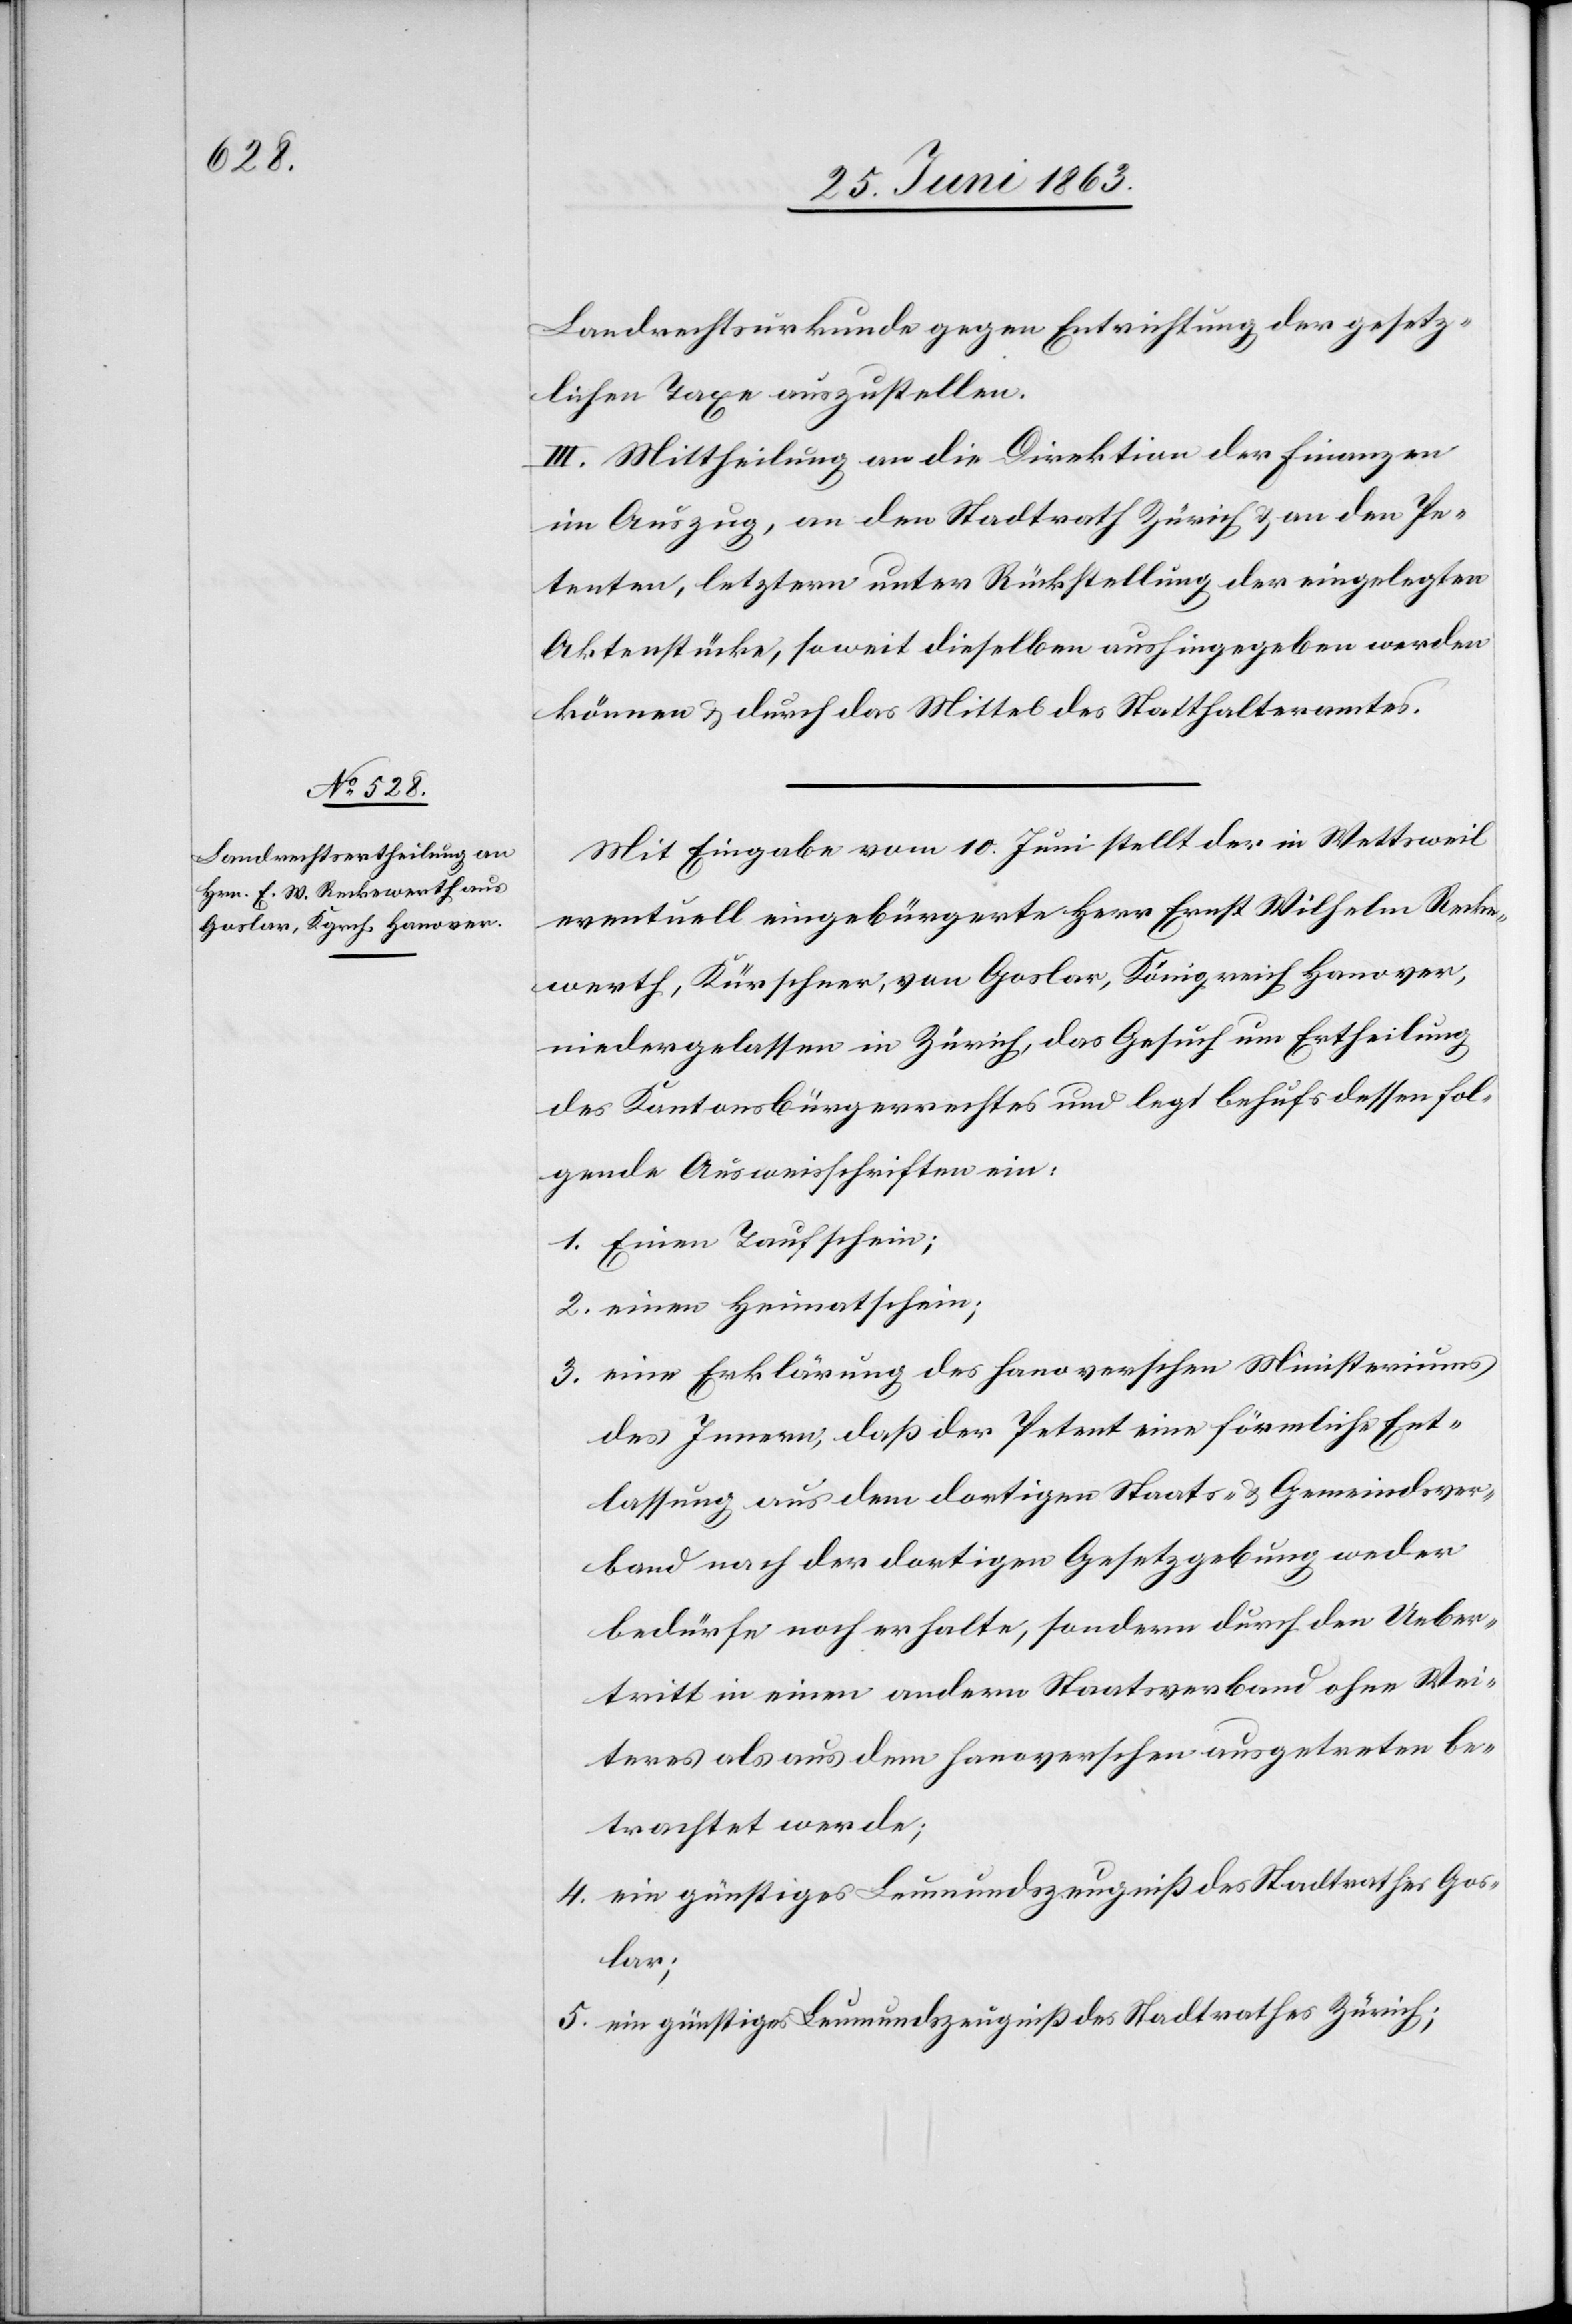
Landrechtsurkunde gegen Entrichtung der gesetz¬
lichen Taxe auszustellen.
III. Mittheilung an die Direktion der Finanzen
im Auszug, an den Stadtrath Zürich & an den Pe¬
tenten, letztern unter Rückstellung der eingelegten
Aktenstücke, soweit dieselben aushingegeben werden
können & durch das Mittel des Statthalteramtes.
Mit Eingabe vom 10. Juni stellt der in Wettsweil
eventuell eingebürgerte Herr Ernst Wilhelm Recke¬
werth, Kürschner, von Goslar, Königreich Hanover,
niedergelassen in Zürich, das Gesuch um Ertheilung
des Kantonsbürgerrechtes und legt behufs dessen fol¬
gende Ausweisschriften ein:
1. Einen Taufschein;
2. einen Heimatschein;
3. eine Erklärung des hanoverschen Ministeriums
des Innern, daß der Petent eine förmliche Ent¬
lassung aus dem dortigen Staats- & Gemeindsver¬
band nach der dortigen Gesetzgebung weder
bedürfe noch erhalte, sondern durch den Ueber¬
tritt in einen andern Staatsverband ohne Wei¬
teres als aus dem hanoverschen ausgetreten be¬
trachtet werde;
4. ein günstiges Leumundszeugniß des Stadtrathes Gos¬
lar;
5. ein günstiges Leumundszeugniß des Stadtrathes Zürich;